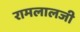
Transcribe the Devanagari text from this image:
रामलालजी